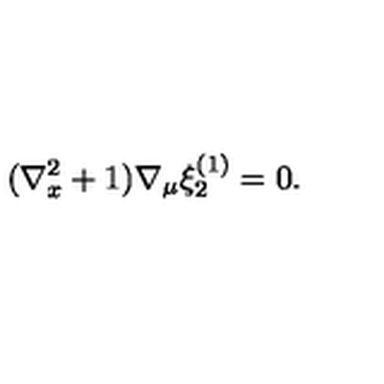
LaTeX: ( \nabla _ { x } ^ { 2 } + 1 ) \nabla _ { \mu } \xi _ { 2 } ^ { ( 1 ) } = 0 .